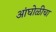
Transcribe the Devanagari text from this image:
आंघोळीचा